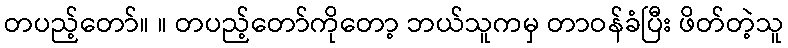
တပည့်တော်။ ။ တပည့်တော်ကိုတော့ ဘယ်သူကမှ တာဝန်ခံပြီး ဖိတ်တဲ့သူ